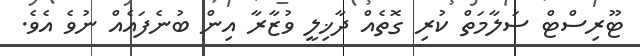
ޓޫރިސްޓް ސަލާމަތް ކުރި ގޮތެއް ދާޚިލީ ވުޒާރާ އިން ބުނެފައެއް ނުވެ އެވެ.